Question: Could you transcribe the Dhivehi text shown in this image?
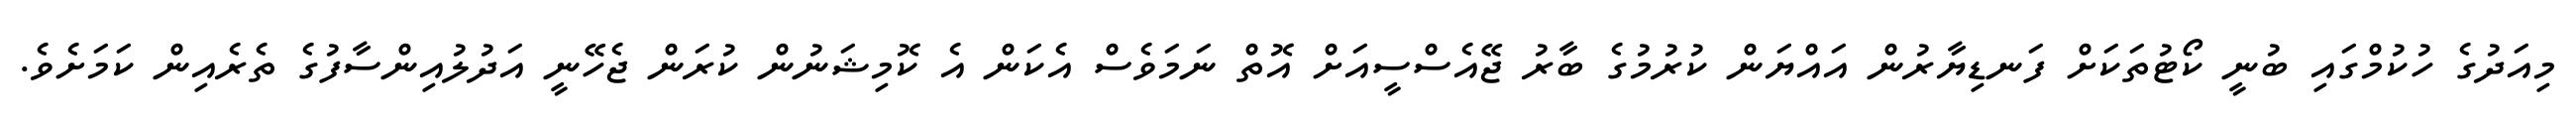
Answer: މިއަދުގެ ހުކުމްގައި ބުނީ ކޯޓުތަކަށް ފަނޑިޔާރުން އައްޔަން ކުރުމުގެ ބާރު ޖޭއެސްސީއަށް އޮތް ނަމަވެސް އެކަން އެ ކޮމިޝަނުން ކުރަން ޖެހޭނީ އަދުލުއިންސާފުގެ ތެރެއިން ކަމަށެވެ.